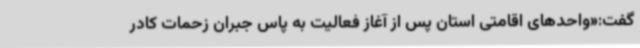
گفت:«واحدهای اقامتی استان پس از آغاز فعالیت به پاس جبران زحمات کادر